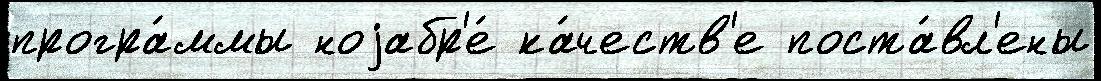
програ́ммы ноjабр'е́ ка́честв'е поста́вл'ены